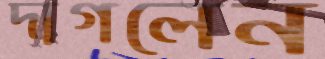
দাগলেন